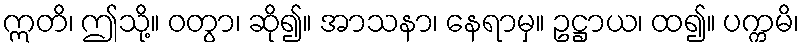
ဣတိ၊ ဤသို့။ ဝတွာ၊ ဆို၍။ အာသနာ၊ နေရာမှ။ ဥဋ္ဌာယ၊ ထ၍။ ပက္ကမိ၊